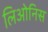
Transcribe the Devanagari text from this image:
लिओनिस